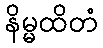
နိမ္မထိတံ